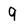
Character: 9